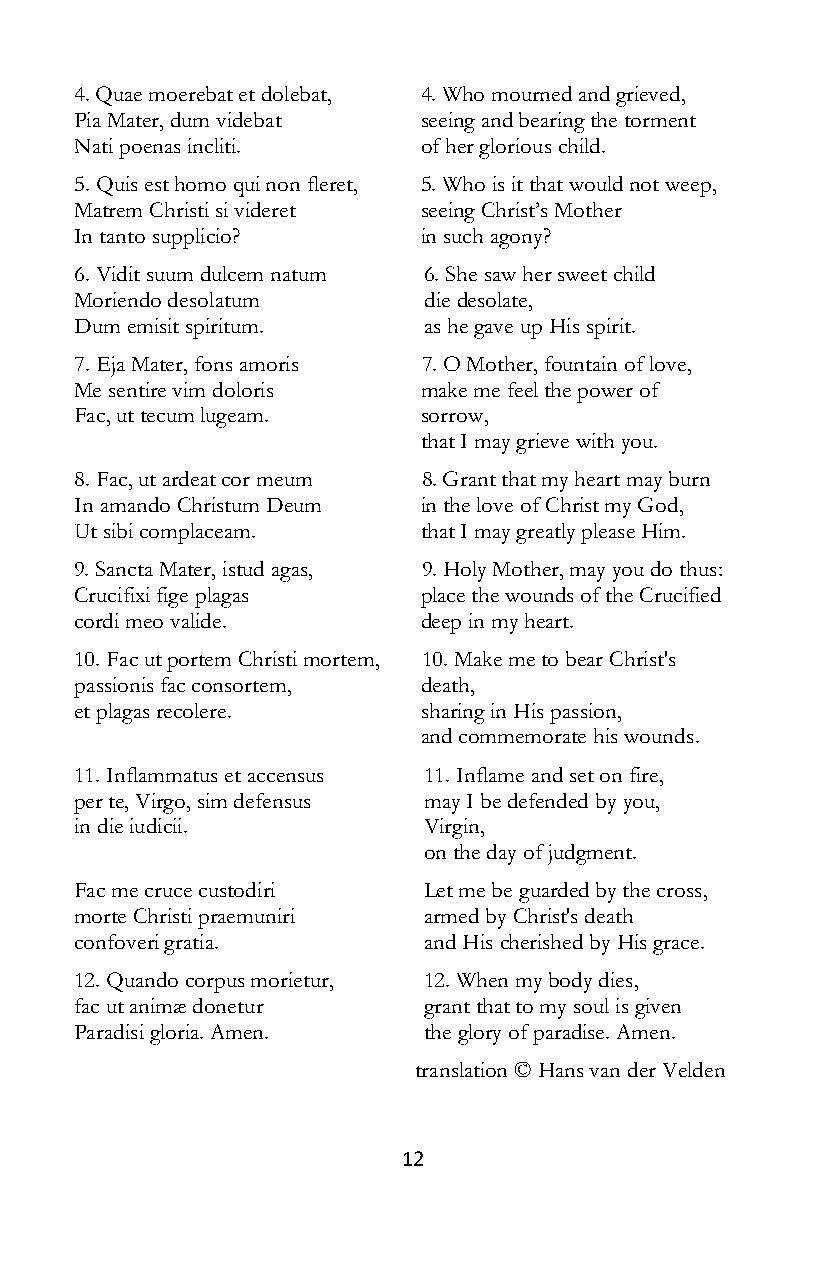
4. Quae moerebat et dolebat, 4. Who mourned and grieved,
 Pia Mater, dum videbat seeing and bearing the torment
 Nati poenas incliti.   of her glorious child.
 5. Quis est homo qui non fleret, 5. Who is it that would not weep,
 Matrem Christi si videret seeing Christ’s Mother
 In tanto supplicio?    in such agony?
 6. Vidit suum dulcem natum 6. She saw her sweet child
 Moriendo desolatum     die desolate,
 Dum emisit spiritum.   as he gave up His spirit.
 7. Eja Mater, fons amoris 7. O Mother, fountain of love,
 Me sentire vim doloris make me feel the power of
 Fac, ut tecum lugeam.  sorrow,
 that I may grieve with you.
 8. Fac, ut ardeat cor meum 8. Grant that my heart may burn
 In amando Christum Deum in the love of Christ my God,
 Ut sibi complaceam.    that I may greatly please Him.
 9. Sancta Mater, istud agas, 9. Holy Mother, may you do thus:
 Crucifixi fige plagas  place the wounds of the Crucified
 cordi meo valide.      deep in my heart.
 10. Fac ut portem Christi mortem, 10. Make me to bear Christ's
 passionis fac consortem, death,
 et plagas recolere.    sharing in His passion,
 and commemorate his wounds.
 11. Inflammatus et accensus 11. Inflame and set on fire,
 per te, Virgo, sim defensus may I be defended by you,
 in die iudicii.        Virgin,
 on the day of judgment.
 Fac me cruce custodiri Let me be guarded by the cross,
 morte Christi praemuniri armed by Christ's death
 confoveri gratia.      and His cherished by His grace.
 12. Quando corpus morietur, 12. When my body dies,
 fac ut animæ donetur   grant that to my soul is given
 Paradisi gloria. Amen. the glory of paradise. Amen.
 translation © Hans van der Velden
 12